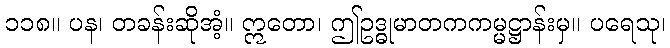
၁၁၈။ ပန၊ တခန်းဆိုအံ့။ ဣတော၊ ဤဥဒ္ဓုမာတကကမ္မဋ္ဌာန်းမှ။ ပရေသု၊